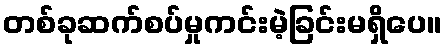
တစ်ခုဆက်စပ်မှုကင်းမဲ့ခြင်းမရှိပေ။